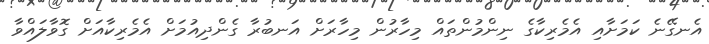
އެނގޭނެ ކަމަށާއި އެމެރިކާގެ ނިންމުންތައް މިހާރުން މިހާރަށް އަނބުރާ ގެންދިއުމަށް އެމެރިކާއަށް ގޮވާލައްވާ